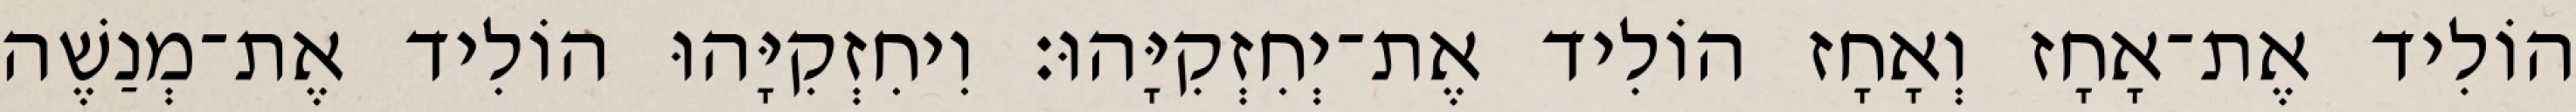
הוֹלִיד אֶת־אָחָז וְאָחָז הוֹלִיד אֶת־יְחִזְקִיָּהוּ׃ וִיחִזְקִיָּהוּ הוֹלִיד אֶת־מְנַשֶׁה